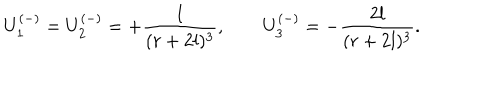
LaTeX: U _ { 1 } ^ { ( - ) } = U _ { 2 } ^ { ( - ) } = + \frac { l } { ( r + 2 l ) ^ { 3 } } , \qquad U _ { 3 } ^ { ( - ) } = - \frac { 2 l } { ( r + 2 l ) ^ { 3 } } .